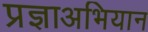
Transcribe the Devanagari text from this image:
प्रज्ञाअभियान